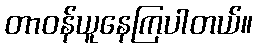
တာဝန်ယူနေကြပါတယ်။